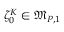
\zeta _ { 0 } ^ { K } \in \mathfrak { M } _ { P , 1 }